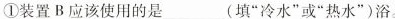
①装置B应该使用的是___(填”冷水”或”热水”)浴。